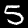
Label: 5